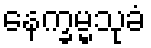
နေက္ခမ္မသုခံ